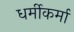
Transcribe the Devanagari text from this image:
धर्मीकर्मा